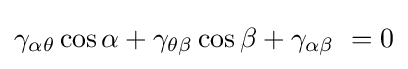
\gamma _{\alpha \theta }\cos {\alpha }+\gamma _{\theta \beta }\cos {\beta }+\gamma _{\alpha \beta }\ =0